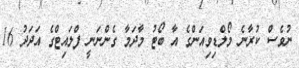
ނުވެސް ކުރާނެ މޯލްޑިވިއަންގެ އާ ބޯޓު މާދަމާ ގެންނަނީ ފްލައިޓްގެ އަދަދު 16